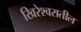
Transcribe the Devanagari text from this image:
खिरेश्वरातील